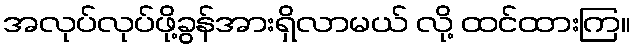
အလုပ်လုပ်ဖို့ခွန်အားရှိလာမယ် လို့ ထင်ထားကြ။